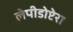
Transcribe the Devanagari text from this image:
लेपीडोप्टेरा